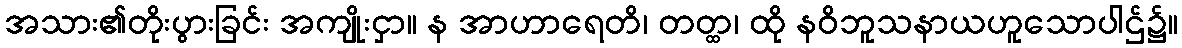
အသား၏တိုးပွားခြင်း အကျိုးငှာ။ န အာဟာရေတိ၊ တတ္ထ၊ ထို နဝိဘူသနာယဟူသောပါဌ်၌။